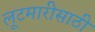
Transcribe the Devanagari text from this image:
लूटमारीसाठी